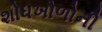
શોધખોળોની